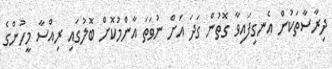
ދިރާސާތަކުން އެނގިފައިވާ ގޮތުން ގަދަ އަށް ނުވަތަ އާންމުކޮށް ބޮލުގައި ރިއްސާ މީހުންގެ